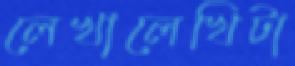
লেখালেখিটা